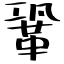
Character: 鞏